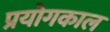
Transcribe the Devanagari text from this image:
प्रयोगकाल